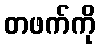
တဖက်ကို